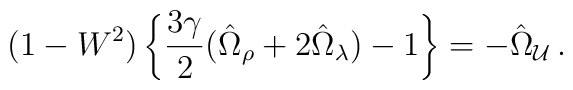
(1-W^2)\left\{ \frac{3\gamma}{2}(\hat{\Omega}_\rho+2\hat{\Omega}_\lambda)-1\right\} = -\hat{\Omega}_{\cal U} \,.